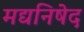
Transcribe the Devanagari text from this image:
मद्यनिषेद